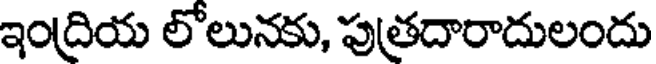
ఇంద్రియ లోలునకు, పుత్రదారాదులందు